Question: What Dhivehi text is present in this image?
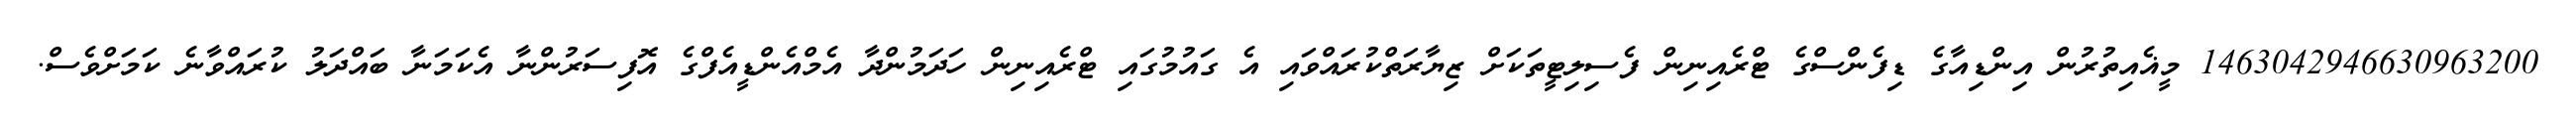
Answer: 1463042946630963200 މީޣެއިތުރުން އިންޑިއާގެ ޑިފެންސްގެ ޓްރެއިނިން ފެސިލިޓީތަކަށް ޒިޔާރަތްކުރައްވައި އެ ގައުމުގައި ޓްރެއިނިން ހަދަމުންދާ އެމްއެންޑީއެފްގެ އޮފިސަރުންނާ އެކަމަނާ ބައްދަލު ކުރައްވާނެ ކަމަށްވެސް.